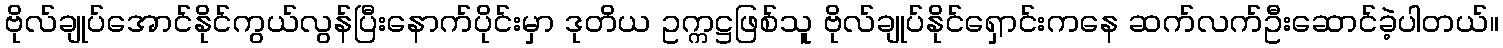
ဗိုလ်ချုပ်အောင်နိုင်ကွယ်လွန်ပြီးနောက်ပိုင်းမှာ ဒုတိယ ဥက္ကဋ္ဌဖြစ်သူ ဗိုလ်ချုပ်နိုင်ရှောင်းကနေ ဆက်လက်ဦးဆောင်ခဲ့ပါတယ်။